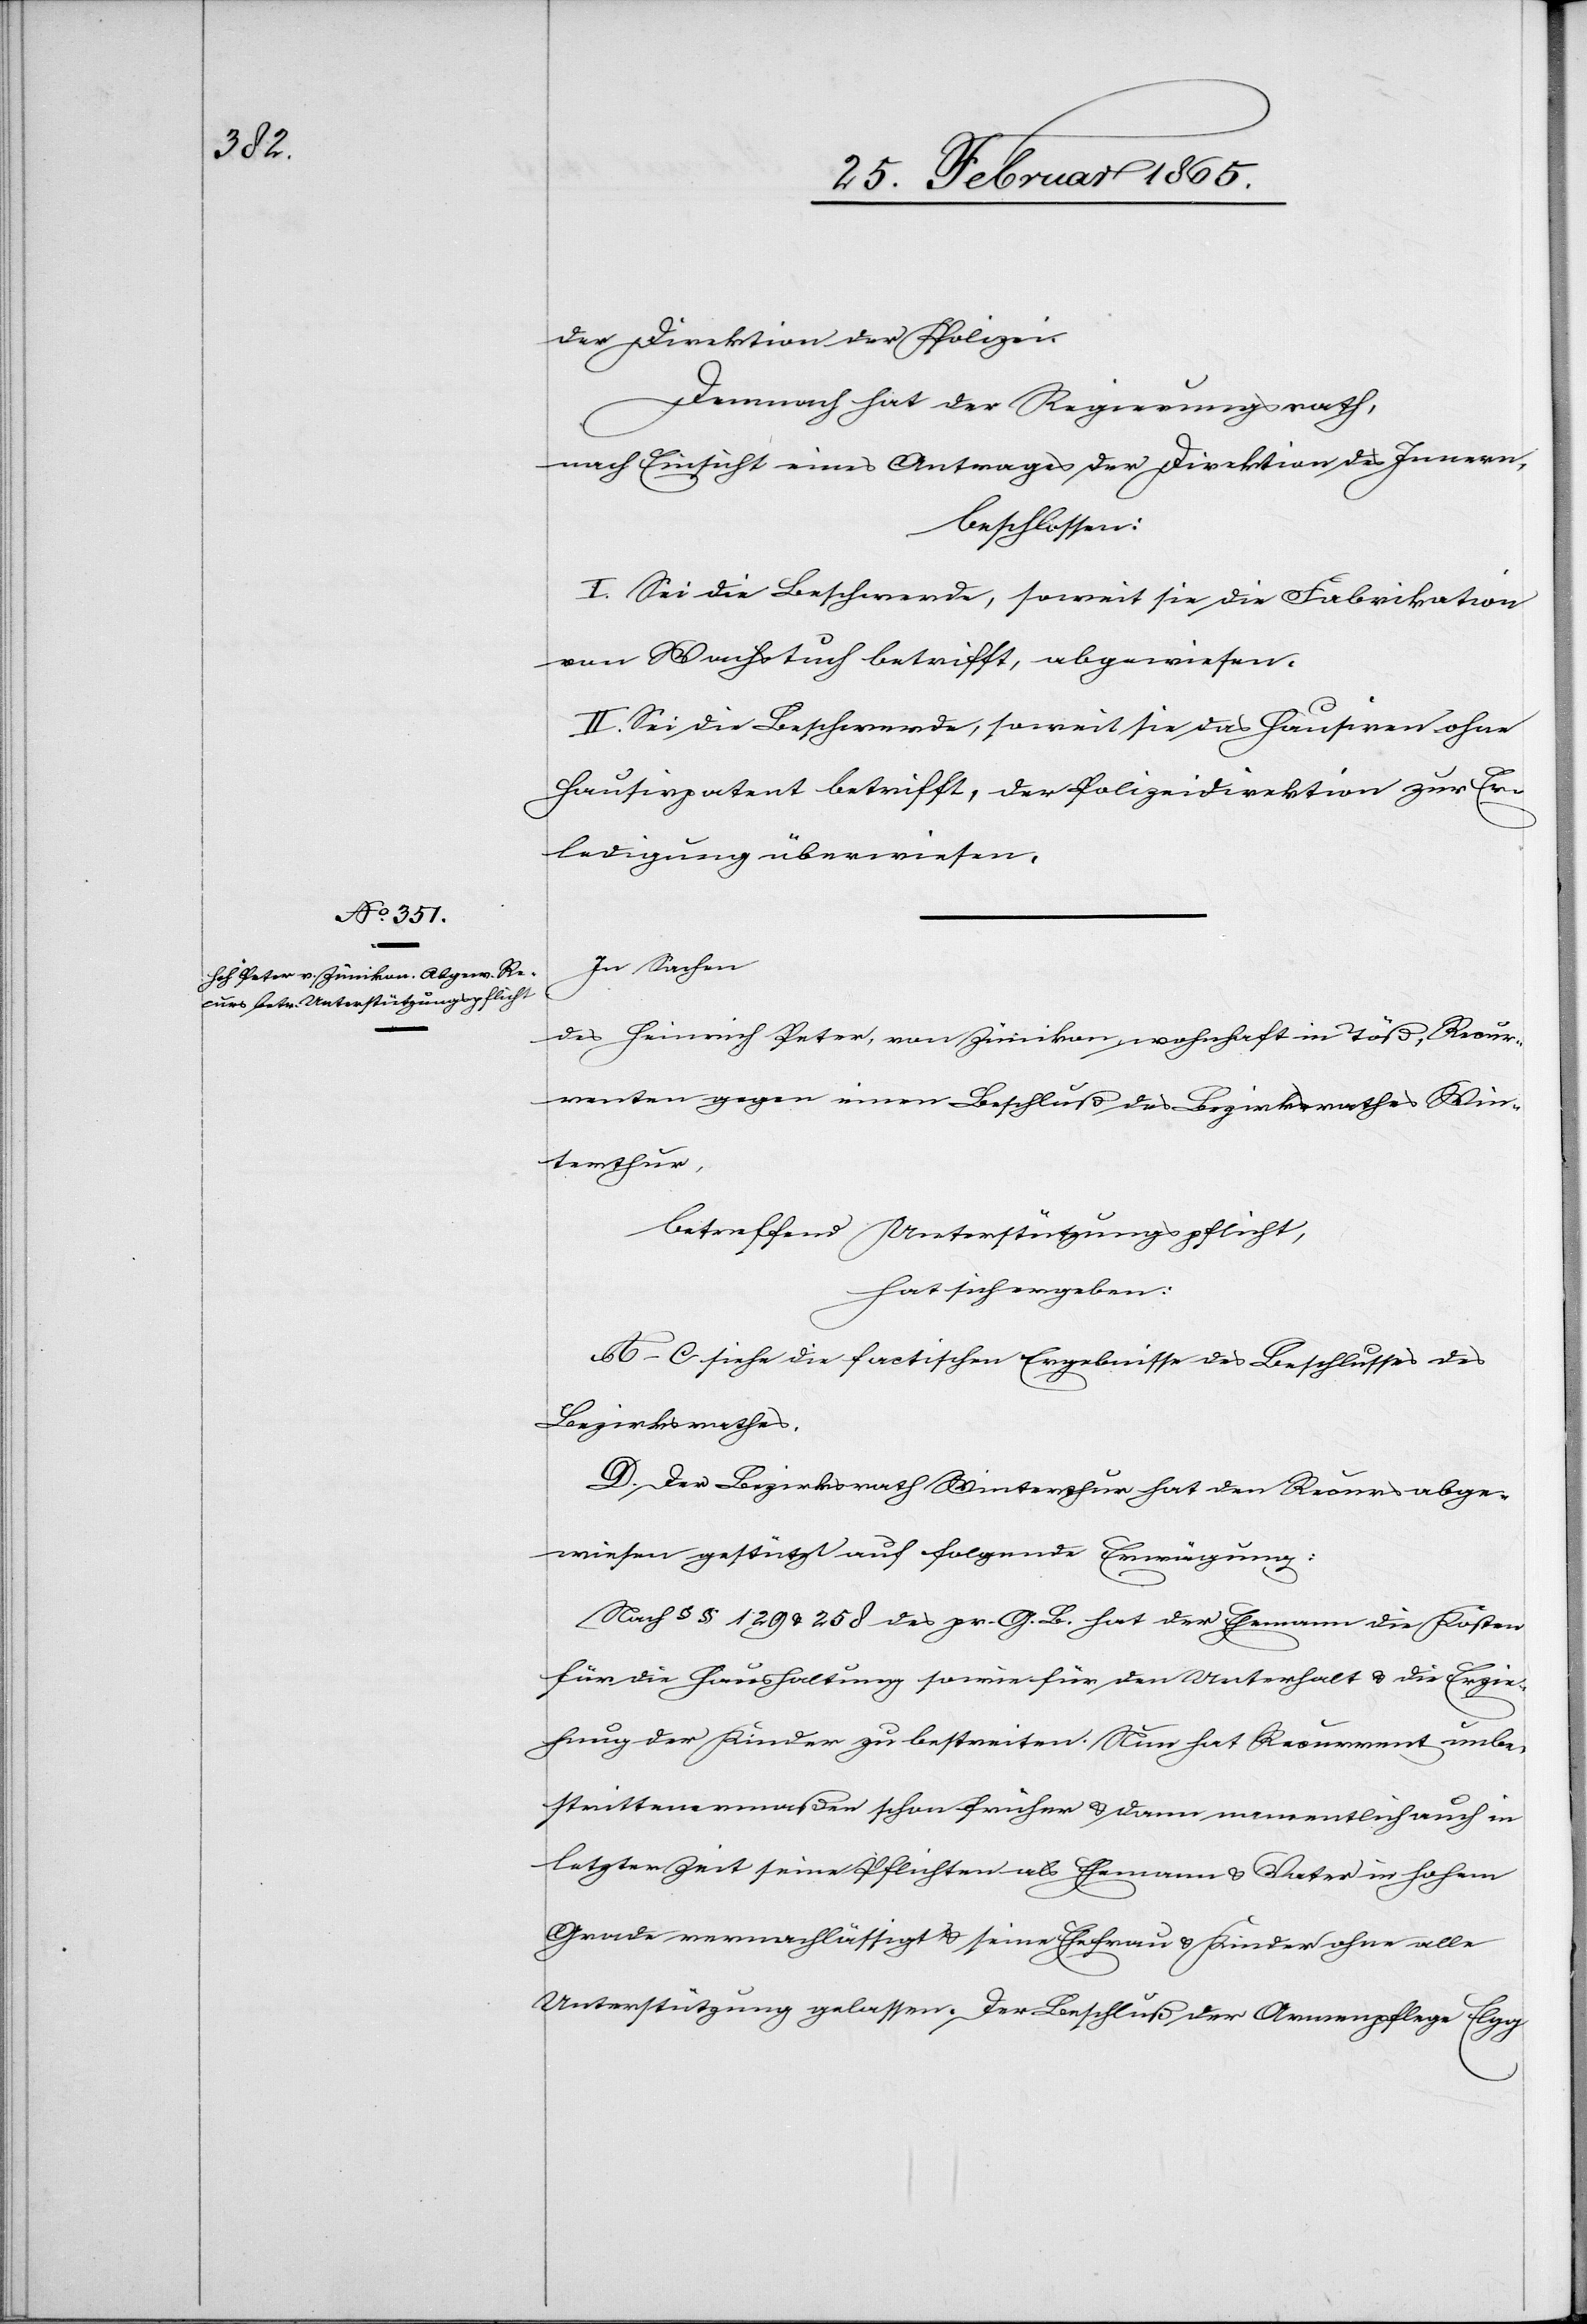
der Direktion der Polizei.
Demnach hat der Regierungsrath,
nach Einsicht eines Antrages der Direktion des Innern,
beschlossen:
I. Sei die Beschwerde, soweit sie die Fabrikation
von Wachstuch betrifft, abgewiesen.
II. Sei die Beschwerde, soweit sie das Hausiren ohne
Hausirpatent betrifft, der Polizeidirektion zur Er¬
ledigung überwiesen.
In Sachen
des Heinrich Peter, von Zünikon, wohnhaft in Töß, Recur¬
renten gegen einen Beschluß des Bezirksrathes Win¬
terthur,
betreffend Unterstützungspflicht,
hat sich ergeben:
A–C siehe die factischen Ergebnisse des Beschlusses des
Bezirksrathes.
D. Der Bezirksrath Winterthur hat den Recurs abge¬
wiesen gestützt auf folgende Erwägung:
Nach § § 129 u. 258 des pr. G. B. hat der Ehemann die Kosten
für die Haushaltung sowie für den Unterhalt u. die Erzie¬
hung der Kinder zu bestreiten. Nun hat Recurrent unbe¬
strittenermaßen schon früher u. dann namentlich in
letzter Zeit seine Pflichten als Ehemann u. Vater in hohem
Grade vernachlässigt u. seine Ehefrau u. Kinder ohne alle
Unterstützung gelassen. Der Beschluß der Armenpflege Elgg